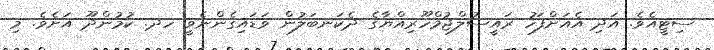
ސިޓީއެވެ. އަދި އެއަށްފަހު ރައީސުލްޖުމްހޫރިއްޔާގެ ދެކަނބަލުން ވަޑައިގެންނެވީ ހދ. ކުމުންދޫ އަށެވެ. މި